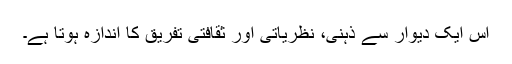
اس ایک دیوار سے ذہنی، نظریاتی اور ثقافتی تفریق کا اندازہ ہوتا ہے۔